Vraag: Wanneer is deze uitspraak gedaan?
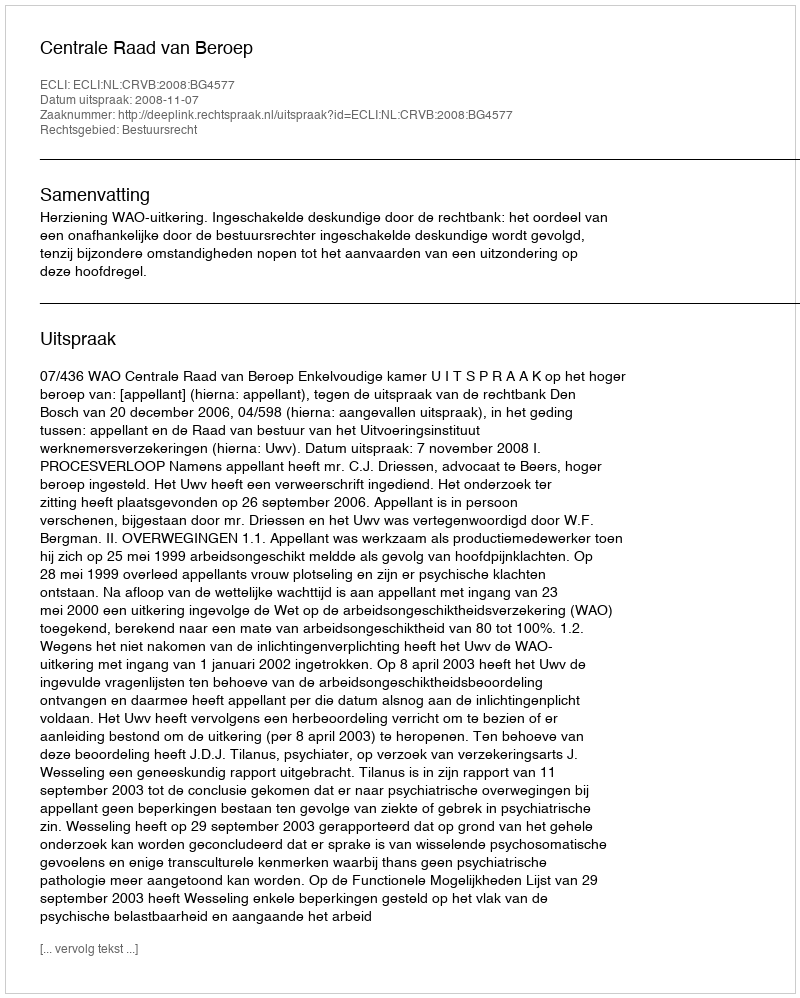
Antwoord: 2008-11-07